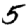
Digit: 5